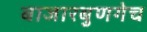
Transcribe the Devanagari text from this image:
बाजारबुणगेच